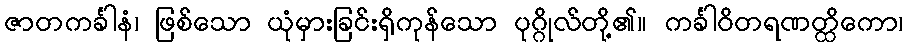
ဇာတကင်္ခါနံ၊ ဖြစ်သော ယုံမှားခြင်းရှိကုန်သော ပုဂ္ဂိုလ်တို့၏။ ကင်္ခါဝိတရဏတ္ထိကော၊